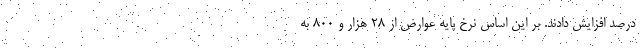
درصد افزایش دادند. بر این اساس نرخ پایه عوارض از ۲۸ هزار و ۸۰۰ به